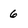
Character: 6